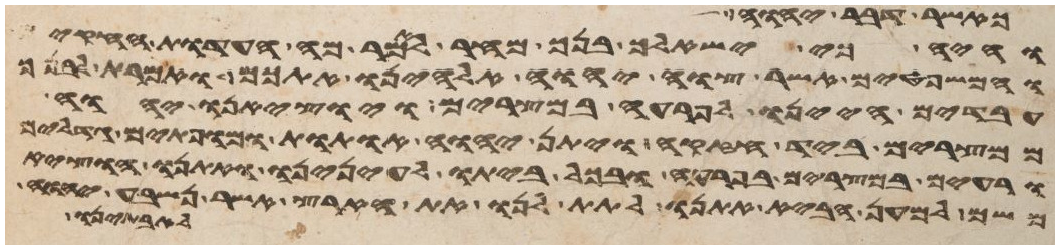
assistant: והיה כי ישאלך בנך מחר לאמר מה העדות החקים
והמשפטים אשר צוה יהוה אלהינו אתכם ואמרת לבנך
עבדים היינו לפרעה במצרים ויוציאנו יהוה
ממצרים ביד חזקה ויתן יהוה אתות ומופתים גדלים
ורעים במצרים בפרעה ובכל ביתו לעינינו ואתנו הוציא
משם למען הביא אתנו לתת לנו את הארץ אשר נשבע יהוה
לבתים